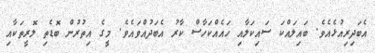
އެބަދިރިއުޅެއެވެ. ބައިލައްކަ ސައިކަލާއި ހައެއްކަހާސް ކާރު އެބަދުއްވައެވެ. މީގެ އިތުރުން ބޮޑެތި ލޮރީތަކާއި